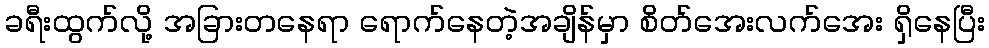
ခရီးထွက်လို့ အခြားတနေရာ ရောက်နေတဲ့အချိန်မှာ စိတ်အေးလက်အေး ရှိနေပြီး